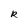
Character: R